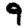
Digit: 9